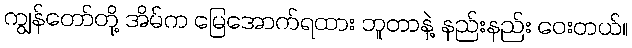
ကျွန်တော်တို့ အိမ်က မြေအောက်ရထား ဘူတာနဲ့ နည်းနည်း ဝေးတယ်။